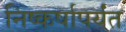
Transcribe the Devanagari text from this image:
निष्कर्षापर्यंत